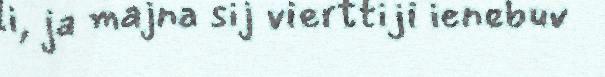
li, ja majna sij vierttiji ienebuv